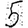
Digit: 5